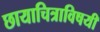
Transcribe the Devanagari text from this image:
छायाचित्राविषयी